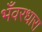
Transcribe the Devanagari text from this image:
भँवरधारा